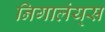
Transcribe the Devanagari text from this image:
निगालंय्‌स